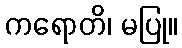
ကရောတိ၊ မပြု။